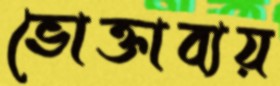
ভোক্তাব্যয়